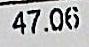
47.06